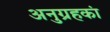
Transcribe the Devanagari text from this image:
अनुग्रहकां